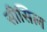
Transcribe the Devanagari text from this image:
सीसिल